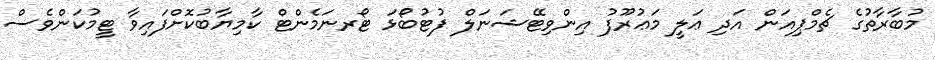
މުބާރާތުގެ ޗެމްޕިއަން އަދި ޢަލީ މަޢުރޫފު އިންވިޓޭޝަނަލް ފުޓުބޯޅަ ޓޯރނަމެންޓް ކާމިޔާބުކޮށްފައިވާ ޓީމުކަންވެސް